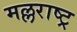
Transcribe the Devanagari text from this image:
मल्लराष्ट्र